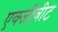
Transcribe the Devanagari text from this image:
एक्जीबीट